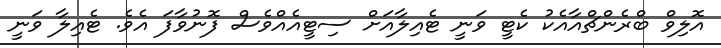
އޮލިވް ބްރެންޗްއާއެކު ކެޓީ ވަނީ ޓެއިލާއަށް ސިޓީއެއްވެސް ފޮނުވާފަ އެވެ. ޓެއިލާ ވަނީ